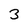
Character: 3